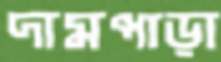
দামপাড়া